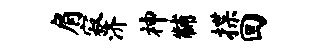
肩寂济神黼揲回